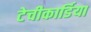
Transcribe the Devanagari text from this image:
टेचीकार्डिया